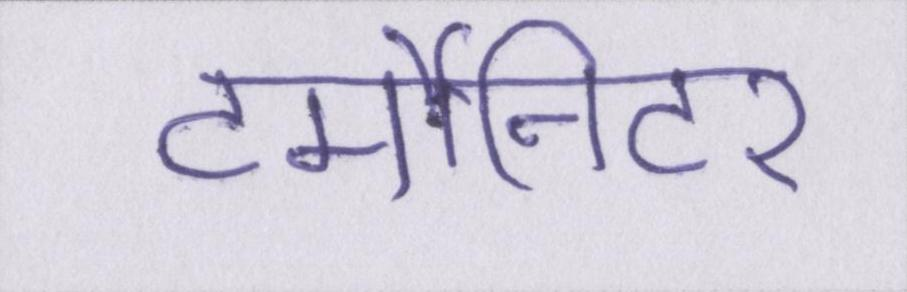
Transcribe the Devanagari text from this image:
टर्मीनेटर